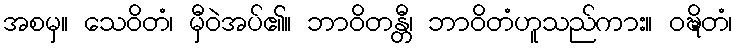
အစမှ။ သေဝိတံ၊ မှီဝဲအပ်၏။ ဘာဝိတန္တီ၊ ဘာဝိတံဟူသည်ကား။ ဝဍ္ဎိတံ၊